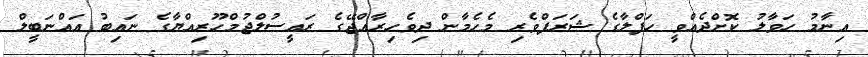
އިނާމު ހަވާލު ކޮށްދެއްވީ ހަފްލާގެ ޝަރަފްވެރި މެހެމާން ދިވެހިރާއްޖޭގެ ރައީސުލްޖުމްހޫރިއްޔާގެ ނައިބު އައްނަބީލް